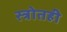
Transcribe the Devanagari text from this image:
स्त्रोतही